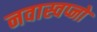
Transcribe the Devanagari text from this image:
नवास्वप्नो